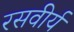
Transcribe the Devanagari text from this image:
रसवीर्य